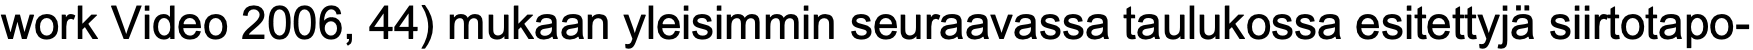
work Video 2006, 44) mukaan yleisimmin seuraavassa taulukossa esitettyjä siirtotapo-